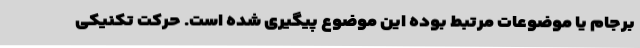
برجام یا موضوعات مرتبط بوده این موضوع پیگیری شده است. حرکت تکنیکی